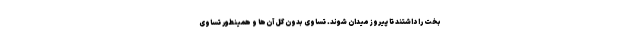
بخت را داشتند تا پیروز میدان شوند. تساوی بدون گل آن‌ها و همینطور تساوی